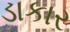
ડાકાર